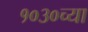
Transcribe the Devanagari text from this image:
१०३०च्या